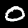
Digit: 0